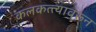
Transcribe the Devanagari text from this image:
कलकत्त्यावरून